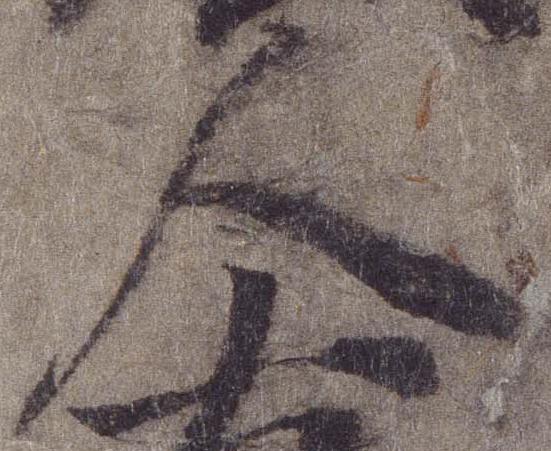
人